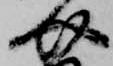
介